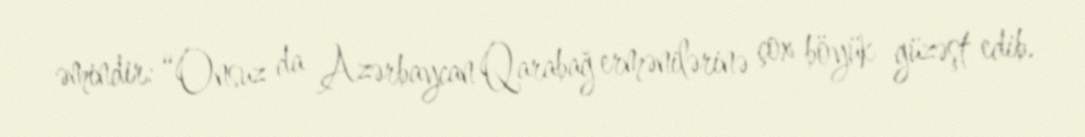
əmindir: “Onsuz da Azərbaycan Qarabağ ermənilərinə çox böyük güzəşt edib.